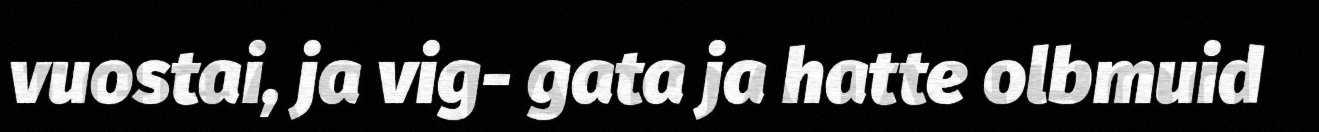
vuostai, ja vig- gata ja hatte olbmuid